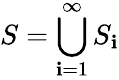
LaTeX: S=\bigcup_{\mathbf{i}=1}^{\infty}S_{\mathbf{i}}